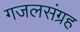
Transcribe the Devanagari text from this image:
गजलसंग्रह